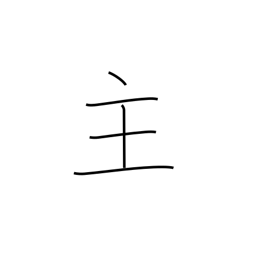
Meaning: main thing